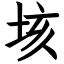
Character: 垓